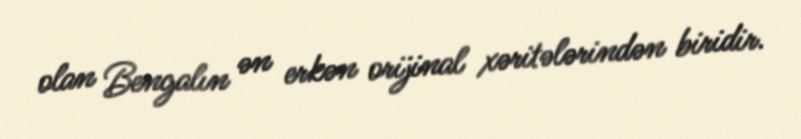
olan Bengalın ən erkən orijinal xəritələrindən biridir.